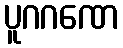
ပူဂဂဏေ